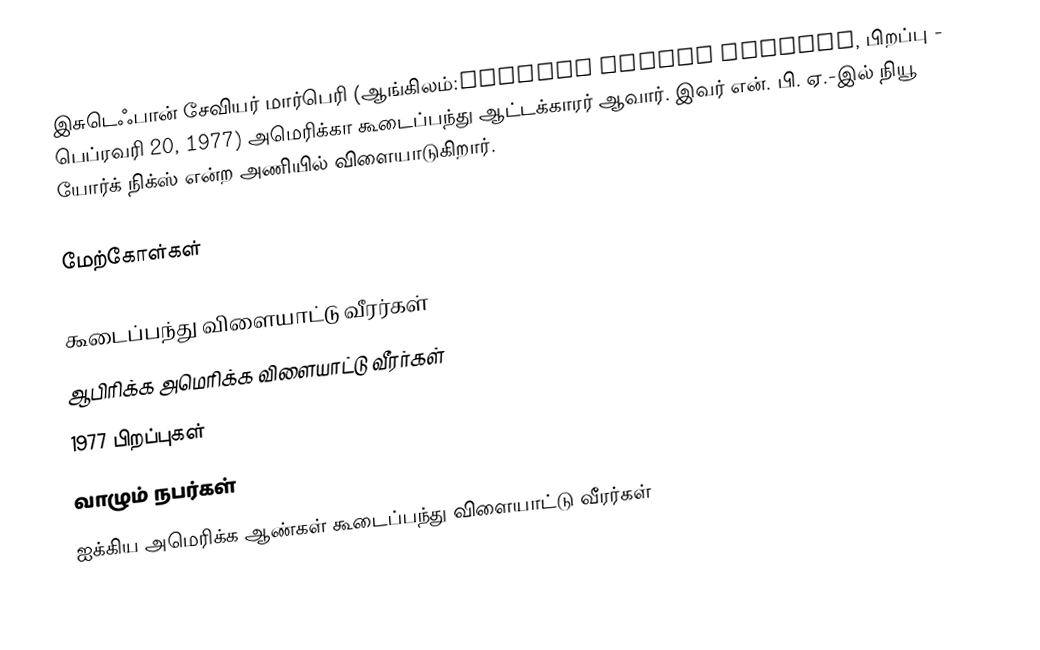
இசுடெஃபான் சேவியர் மார்பெரி (ஆங்கிலம்:Stephon Xavier Marbury, பிறப்பு - பெப்ரவரி 20, 1977) அமெரிக்கா கூடைப்பந்து ஆட்டக்காரர் ஆவார். இவர் என். பி. ஏ.-இல் நியூ யோர்க் நிக்ஸ் என்ற அணியில் விளையாடுகிறார்.

மேற்கோள்கள்

கூடைப்பந்து விளையாட்டு வீரர்கள்
ஆபிரிக்க அமெரிக்க விளையாட்டு வீரர்கள்
1977 பிறப்புகள்
வாழும் நபர்கள்
ஐக்கிய அமெரிக்க ஆண்கள் கூடைப்பந்து விளையாட்டு வீரர்கள்